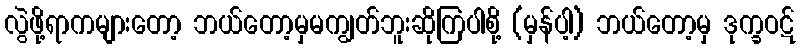
လွဲဖို့ရာကများတော့ ဘယ်တော့မှမကျွတ်ဘူးဆိုကြပါစို့ (မှန်ပါ့) ဘယ်တော့မှ ဒုက္ခဝဋ်